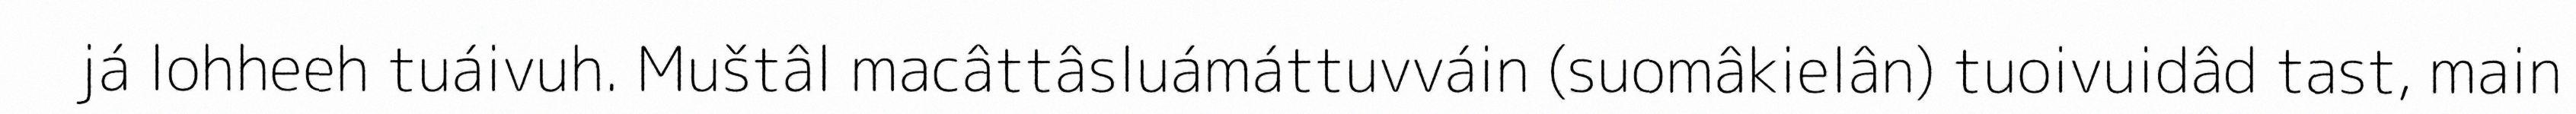
já lohheeh tuáivuh. Muštâl macâttâsluámáttuvváin (suomâkielân) tuoivuidâd tast, main